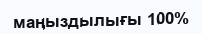
маңыздылығы 100%